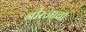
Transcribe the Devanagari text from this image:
नीरजाचा